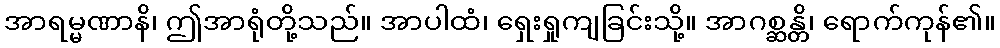
အာရမ္မဏာနိ၊ ဤအာရုံတို့သည်။ အာပါထံ၊ ရှေးရှုကျခြင်းသို့။ အာဂစ္ဆန္တိ၊ ရောက်ကုန်၏။